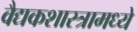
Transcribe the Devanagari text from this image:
वैद्यकशास्त्रामध्ये